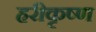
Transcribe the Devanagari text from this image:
हरीकृष्ण